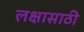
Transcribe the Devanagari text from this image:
लक्षासाठी